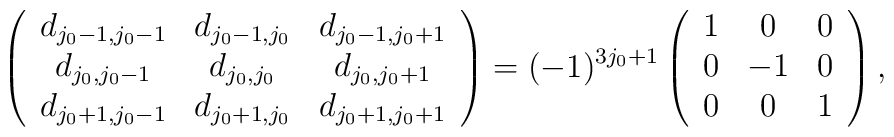
\left( \begin{array}{ccc} d_{j_0-1,j_0-1}&d_{j_0-1,j_0}&d_{j_0-1,j_0+1}\\d_{j_0,j_0-1}&d_{j_0,j_0}&d_{j_0,j_0+1}\\d_{j_0+1,j_0-1}&d_{j_0+1,j_0} &d_{j_0+1,j_0+1} \end{array} \right) = (-1)^{3j_0+1} \left( \begin{array}{ccc}1&0&0\\ 0&-1&0\\0&0&1 \end{array} \right),